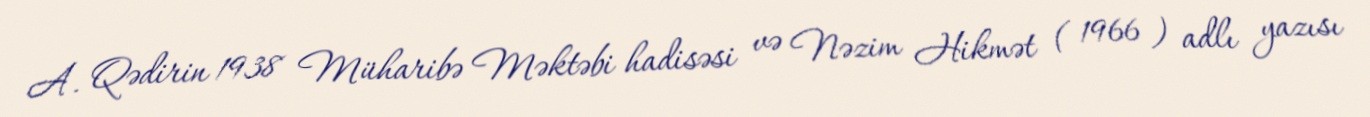
A. Qədirin 1938 Müharibə Məktəbi hadisəsi və Nəzim Hikmət ( 1966 ) adlı yazısı